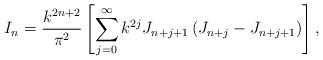
LaTeX: \begin{align*}I_n = \frac{k^{2n+2}}{\pi^2}\left[\sum\limits_{j=0}^{\infty}k^{2j}J_{n+j+1}\left(J_{n+j}-J_{n+j+1}\right)\right],\end{align*}